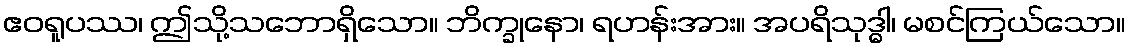
ဧဝရူပဿ၊ ဤသို့သဘောရှိသော။ ဘိက္ခုနော၊ ရဟန်းအား။ အပရိသုဒ္ဓါ၊ မစင်ကြယ်သော။